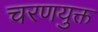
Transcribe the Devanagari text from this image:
चरणयुक्त